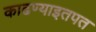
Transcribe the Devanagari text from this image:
काढण्याइतपत